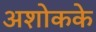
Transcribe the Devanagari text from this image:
अशोकके